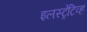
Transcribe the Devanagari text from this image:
इलस्ट्रेटिव्ह